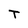
Character: T